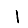
Digit: 1